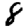
Digit: 8